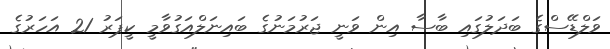
ވަލްޑޭސްގެ ބަދަލުގައި ބާސާ އިން ވަނީ ޖަރުމަނުގެ ބައިނަލްއަގުވާމީ ކީޕަރު 21 އަހަރުގެ